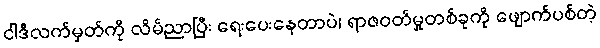
ငါဒီလက်မှတ်ကို လိမ်ညာပြီး ရေးပေးနေတာပဲ၊ ရာဇဝတ်မှုတစ်ခုကို ဖျောက်ပစ်တဲ့